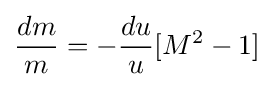
{\frac {dm}{m}}=-{\frac {du}{u}}[M^{2}-1]